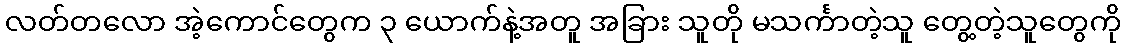
လတ်တလော အဲ့ကောင်တွေက ၃ ယောက်နဲ့အတူ အခြား သူတို မသင်္ကာတဲ့သူ တွေ့တဲ့သူတွေကို